Report of the Indian Hemp Drugs Commission, 1894-1895 - Volume V
Year: 1894
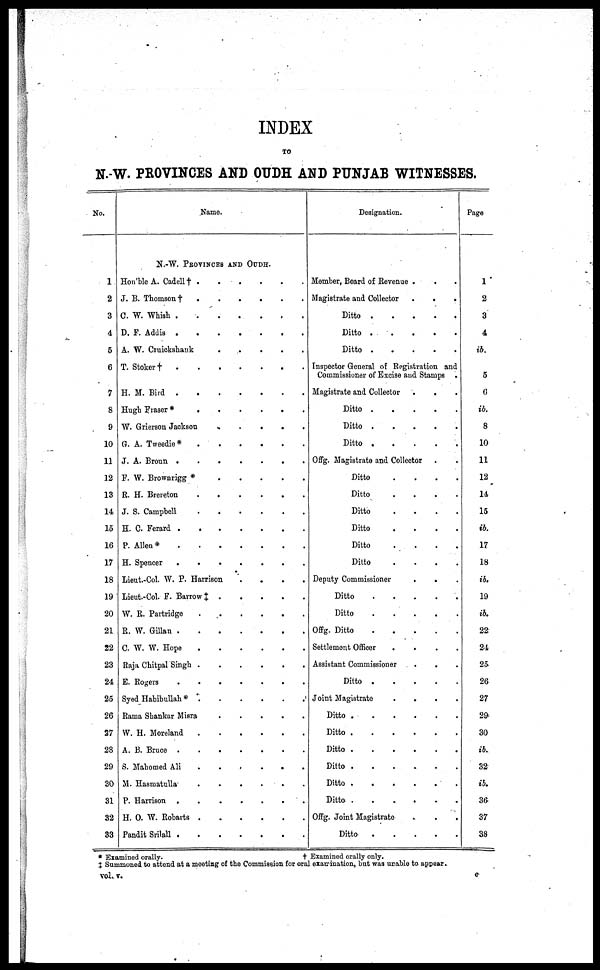
INDEX
TO
N.-W. PROVINCES AND OUDH AND PUNJAB WITNESSES.
No.
1
2
3
4
5
6
7
8
9
10
11
12
13
14
15
16
17
18
19
20
21
22
23
24
25
26
27
28
29
30
31
32
33
Name.
N.-W. PROVINCES AND OUDH.
Hon'ble A. Cadell† .
.
. . . .
J. B. Thomson
†
.
.
.
.
.
.
C. W. Whish
.
.
.
.
.
.
.
D. F. Addis .
.
.
.
.
A. W. Cruickshank
.
. .
.
.
.
T. Stoker
†
.
.
.
.
.
.
H. M. Bird
.
.
.
.
.
.
Hugh Fraser *
.
.
.
.
. .
W. Grierson Jackson
.
.
.
.
.
G. A. Tweedie*
.
.
.
.
.
.
J. A. Broun .
.
.
.
.
.
.
F. W. Brownrigg * . . . . . .
R. H. Brereton
.
.
.
.
.
.
J. S. Campbell
.
.
.
.
.
.
H. C. Ferard .
.
.
.
.
.
.
P. Allen*
.
.
.
.
.
.
.
H. Spencer
.
.
.
.
.
.
.
Lieut.-Col. W. P. Harrison . . . .
Lieut.-Col. F. Barrow ‡ . . . . . .
W. R. Partridge
.
.
.
.
.
.
R. W. Gillan .
.
.
.
. .
C. W. W. Hope
.
.
.
.
.
.
Raja Chitpal Singh
.
.
.
.
.
.
E. Rogers
.
.
.
.
.
.
Syed Habibullah*
.
.
.
.
.
.
Rama Shankar Misra
.
.
.
.
.
.
W. H. Moreland
.
.
.
.
.
.
A. B. Bruce
.
.
.
.
.
.
S. Mahomed Ali
.
.
.
.
.
.
M. Hasmatulla . . . . . .
P. Harrison
.
.
.
.
.
.
.
H. O. W. Robarts
.
.
.
.
.
.
Pandit Srilall
.
.
.
.
.
.
.
Designation.
Member, Board of Revenue . . .
Magistrate and Collector
.
.
.
Ditto .
.
.
.
.
Ditto . . . . .
Ditto .
.
.
.
.
Inspector General of Registration and
Commissioner of Excise and Stamps
Magistrate and Collector
Ditto
.
.
.
.
.
.
Ditto .
.
.
.
.
Ditto .
.
.
.
.
Offg. Magistrate and Collector
Ditto
.
.
.
.
Ditto
.
.
.
.
Ditto
.
.
.
.
Ditto
.
.
.
.
Ditto . . . .
Ditto . . . .
Deputy Commissioner
.
.
.
Ditto
.
.
.
.
.
Ditto . . . . . .
Offg. Ditto
.
.
.
.
.
.
Settlement Officer
.
.
.
.
Assistant Commissioner . . . .
Ditto
.
.
.
.
.
.
Joint Magistrate . . . . . .
Ditto
.
.
.
.
.
.
Ditto
.
.
.
.
.
.
Ditto
.
.
.
.
.
.
Ditto
.
.
.
.
.
.
Ditto . . . . . .
Ditto
.
.
.
.
.
.
Offg. Joint Magistrate . . .
Ditto
.
.
.
.
.
.
Page
1
2
3
4
ib.
5
0
ib.
8
10
11
12
14
15
ib.
17
18
ib.
19
ib.
22:
24
25
26
27
29
30
ib.
32
ib.
36
37
3.8
* Examined orally.
†
Examined orally only.
J Summoned to attend at a meeting of the Commission for oral examination, but was unable to. appear.
vol. v.